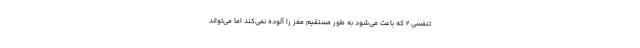
تنفسی ۲ که باعث می‌شود به طور مستقیم مغز را آلوده نمی‌کند اما می‌تواند